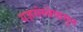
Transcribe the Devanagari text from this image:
यज्ञसंस्थेपासून